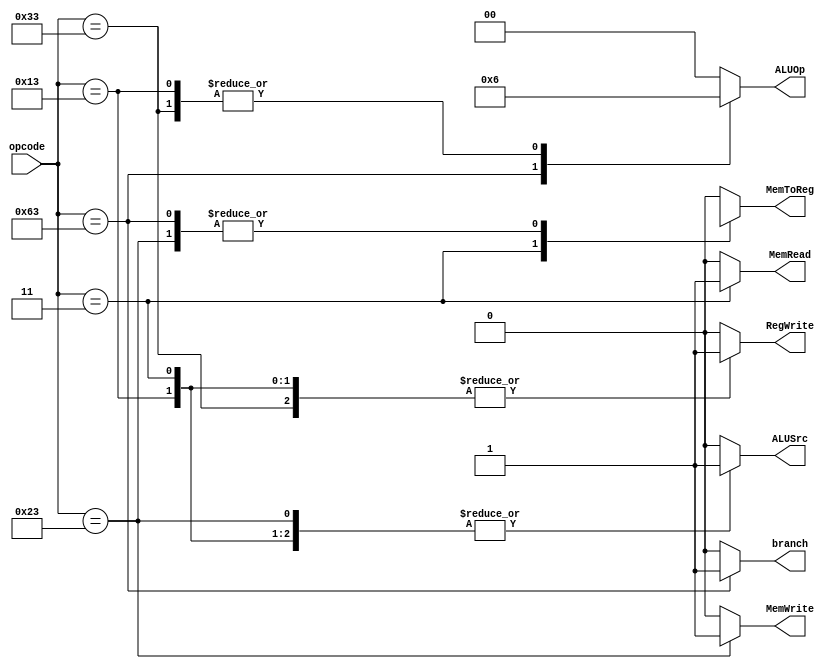
module Control_Unit(  
  input [6:0] opcode,
  
  output reg branch,
  output reg MemRead,
  output reg MemToReg,
  output reg [1:0] ALUOp,
  output reg MemWrite,
  output reg ALUSrc,
  output reg RegWrite
);

  always @(opcode)
    begin
      case ( opcode )
        7'b0110011: // R
          begin
            ALUSrc   = 1'b0 ;
            MemToReg = 1'b0 ;
            RegWrite = 1'b1 ;
            MemRead  = 1'b0 ;
            MemWrite = 1'b0 ;
            branch   = 1'b0 ;
            ALUOp    = 2'b10;
          end
        7'b0000011: // I (ld)
          begin
            ALUSrc   = 1'b1 ;
            MemToReg = 1'b1 ;
            RegWrite = 1'b1 ;
            MemRead  = 1'b1 ;
            MemWrite = 1'b0 ;
            branch   = 1'b0 ;
            ALUOp    = 2'b00;
          end
        7'b0100011:  // I (sd)
          begin
            ALUSrc   = 1'b1 ;
            MemToReg = 1'bx ;
            RegWrite = 1'b0 ;
            MemRead  = 1'b0 ;
            MemWrite = 1'b1 ;
            branch   = 1'b0 ;
            ALUOp    = 2'b00;
          end
        7'b1100011:  // SB (beq)
          begin
            ALUSrc   = 1'b0 ;
            MemToReg = 1'bx ;
            RegWrite = 1'b0 ;
            MemRead  = 1'b0 ;
            MemWrite = 1'b0 ;
            branch   = 1'b1 ;
            ALUOp    = 2'b01;
          end
        7'b0010011: // I (addi)
          begin
            ALUSrc   = 1'b1 ;
            MemToReg = 1'b0 ;
            RegWrite = 1'b1 ;
            MemRead  = 1'b0 ;
            MemWrite = 1'b0 ;
            branch   = 1'b0 ;
            ALUOp    = 2'b10;
          end
        default:
          begin
            ALUSrc   = 1'b0 ;
            MemToReg = 1'b0 ;
            RegWrite = 1'b0 ;
            MemRead  = 1'b0 ;
            MemWrite = 1'b0 ;
            branch   = 1'b0 ;
            ALUOp    = 2'b0 ;
          end
      endcase
    end 
endmodule